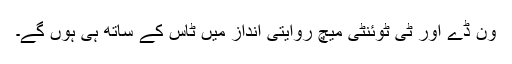
ون ڈے اور ٹی ٹوئنٹی میچ روایتی انداز میں ٹاس کے ساتھ ہی ہوں گے۔